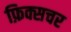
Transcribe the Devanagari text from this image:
फ़िक्सचर